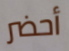
أحضر